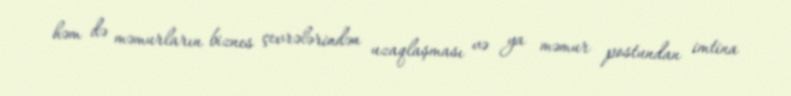
həm də məmurların biznes çevrələrindən uzaqlaşması və ya məmur postundan imtina